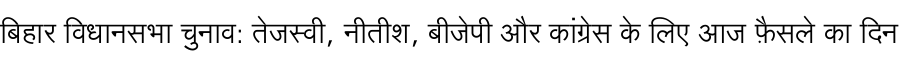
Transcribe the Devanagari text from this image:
बिहार विधानसभा चुनाव: तेजस्वी, नीतीश, बीजेपी और कांग्रेस के लिए आज फ़ैसले का दिन